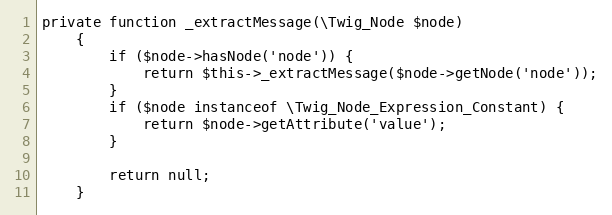
Language: PHP
private function _extractMessage(\Twig_Node $node)
	{
		if ($node->hasNode('node')) {
			return $this->_extractMessage($node->getNode('node'));
		}
		if ($node instanceof \Twig_Node_Expression_Constant) {
			return $node->getAttribute('value');
		}

		return null;
	}